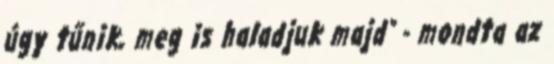
úgy tűnik, meg is haladjuk majd" - mondta az